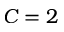
C = 2